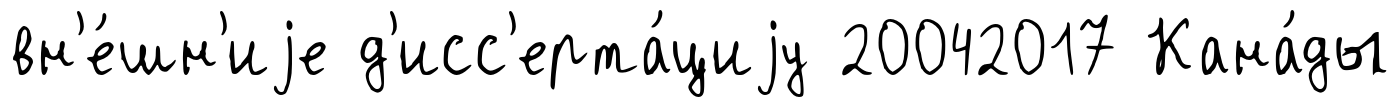
вн'е́шн'иjе д'исс'ерта́циjу 20042017 Кана́ды